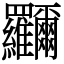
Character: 鿡